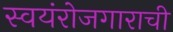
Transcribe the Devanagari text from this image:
स्वयंरोजगाराची